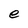
Character: e